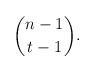
LaTeX: \begin{align*}\binom{n-1}{t-1}.\end{align*}